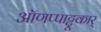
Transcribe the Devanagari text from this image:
ऑणप्पाट्टू़कार्